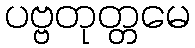
ပဗ္ဗတုတ္တမေ